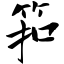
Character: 筘